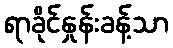
ရာခိုင်နှုန်းခန့်သာ